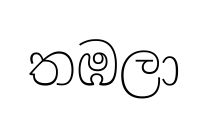
තඹලා